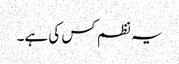
یہ نظم کس کی ہے۔